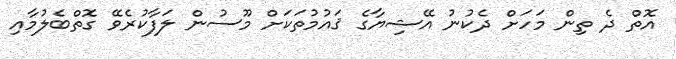
އޮތް ދެ ތިން މަހަށް ދެކުނު އޭޝިޔާގެ ޤައުމުތަކަށް މޫސުން ލަފާކުރެވޭ ގޮތްބެލުމާއި